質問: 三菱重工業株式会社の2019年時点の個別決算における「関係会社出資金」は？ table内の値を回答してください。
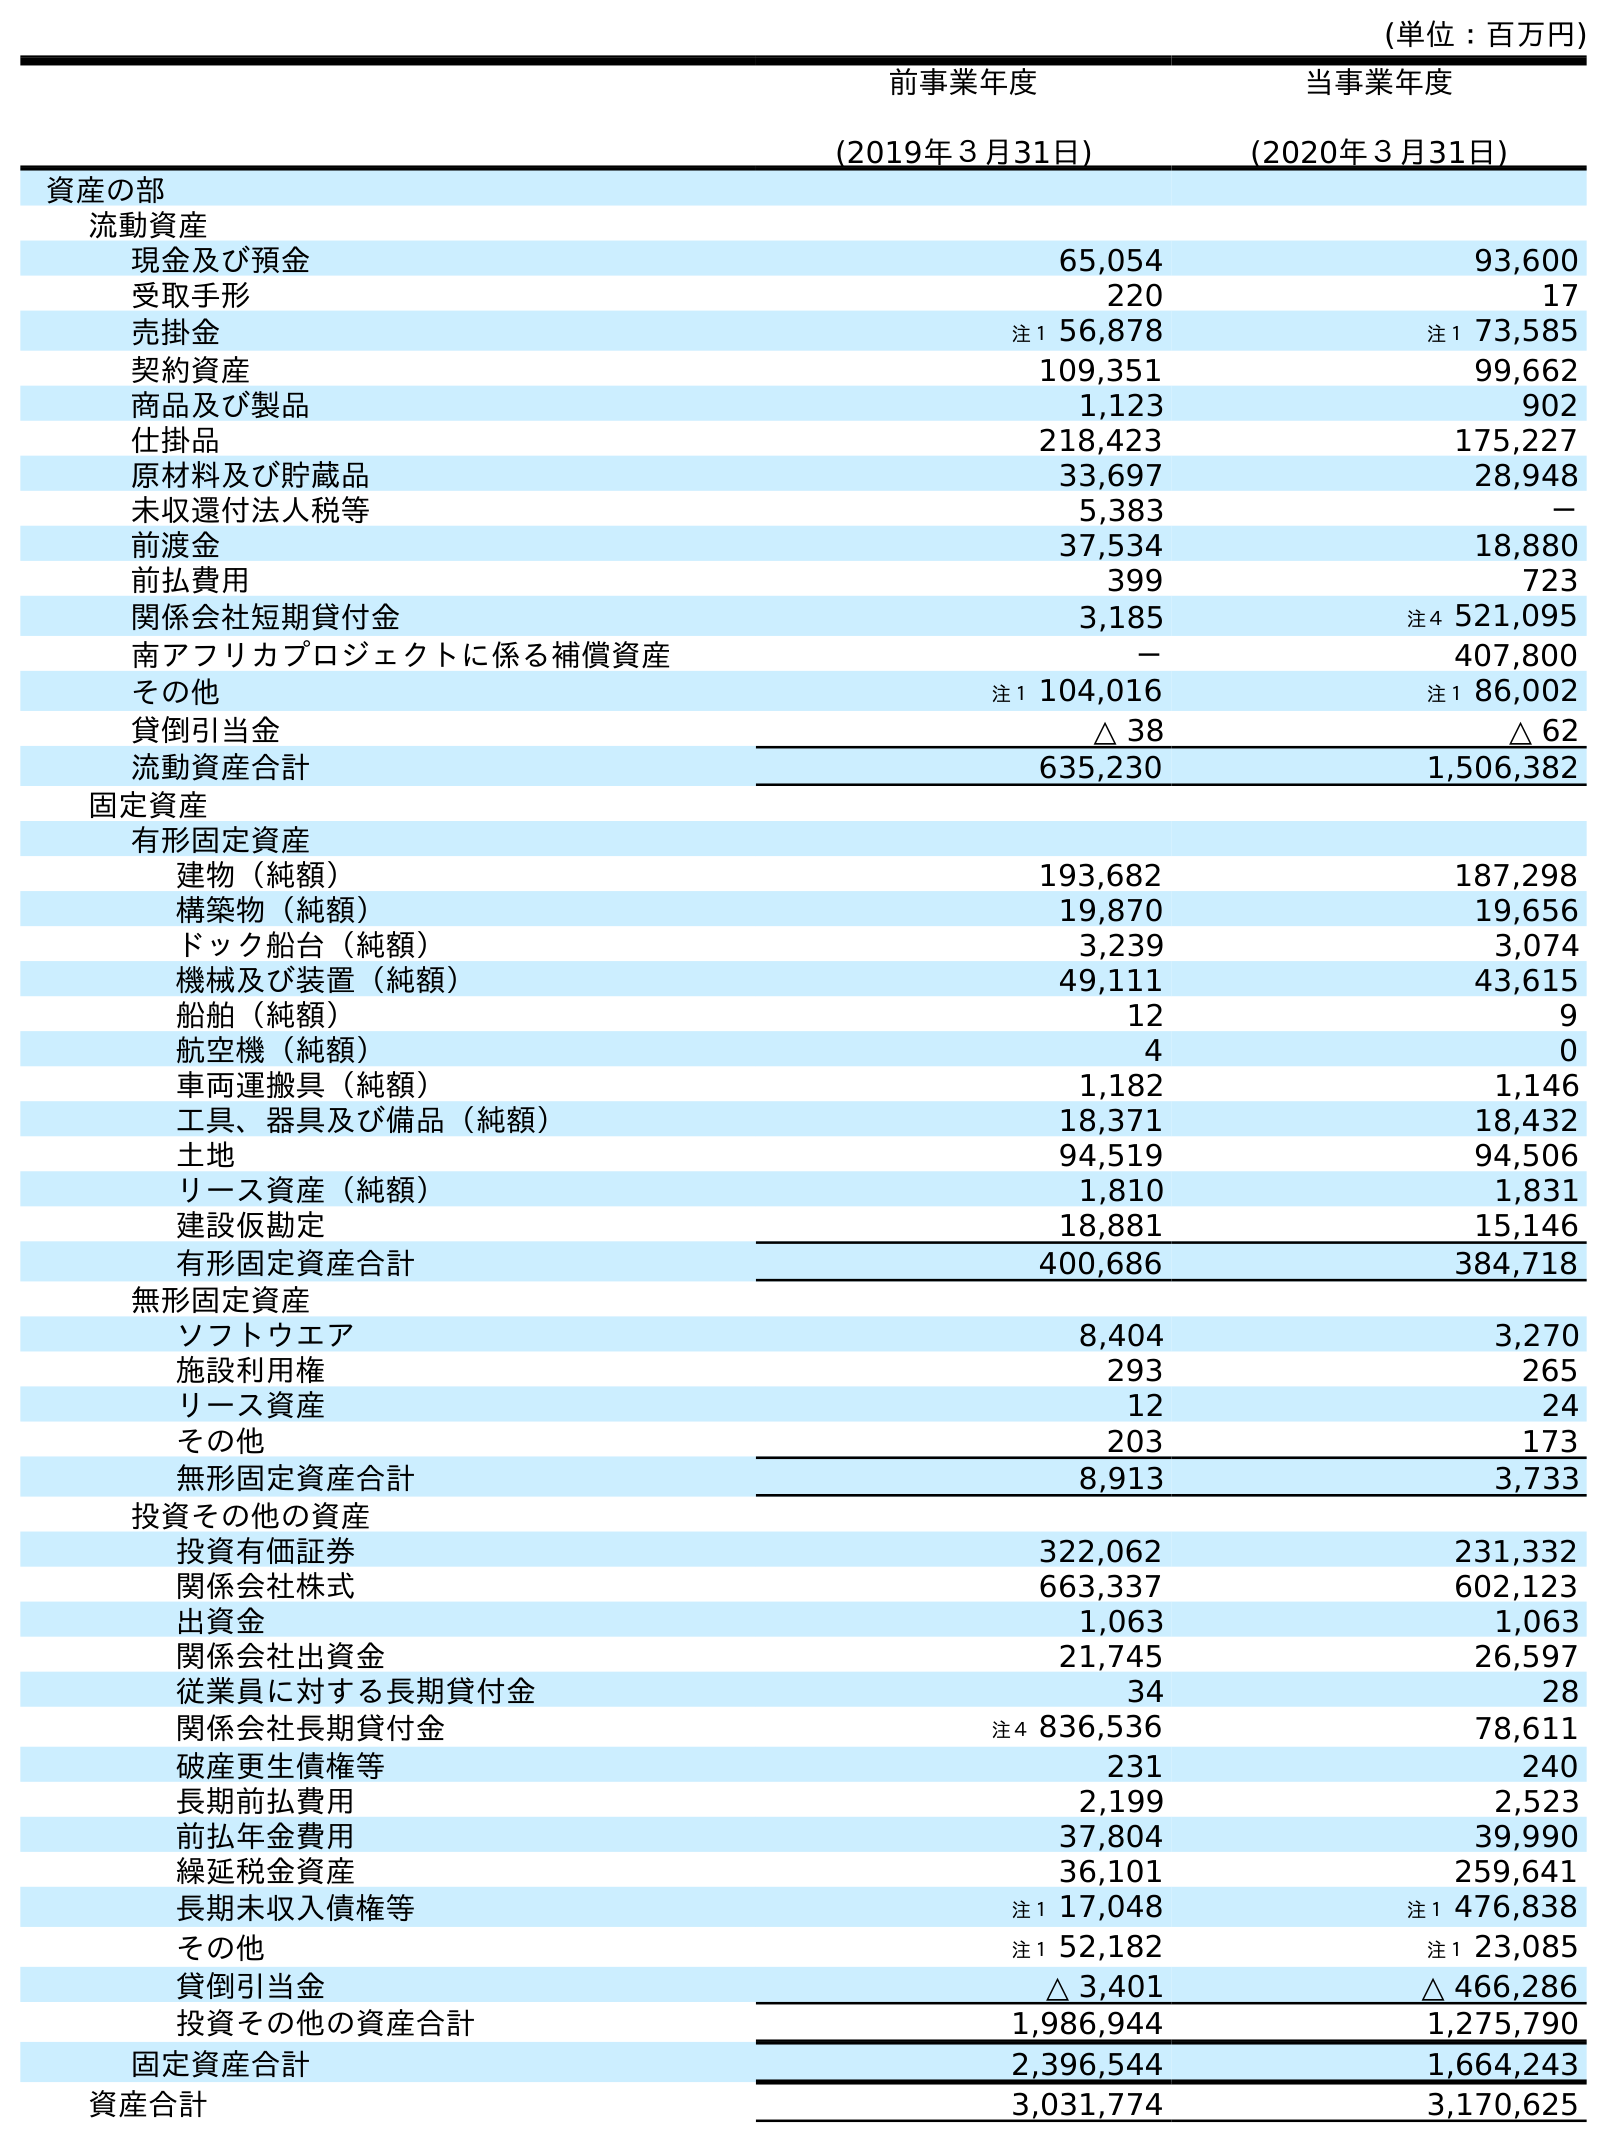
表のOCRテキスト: (単位：百万円) 前事業年度 (2019年３月31日) 当事業年度 (2020年３月31日) 資産の部 流動資産 現金及び預金 65,054 93,600 受取手形 220 17 売掛金 注１ 56,878 注１ 73,585 契約資産 109,351 99,662 商品及び製品 1,123 902 仕掛品 218,423 175,227 原材料及び貯蔵品 33,697 28,948 未収還付法人税等 5,383 － 前渡金 37,534 18,880 前払費用 399 723 関係会社短期貸付金 3,185 注４ 521,095 南アフリカプロジェクトに係る補償資産 － 407,800 その他 注１ 104,016 注１ 86,002 貸倒引当金 △ 38 △ 62 流動資産合計 635,230 1,506,382 固定資産 有形固定資産 建物（純額） 193,682 187,298 構築物（純額） 19,870 19,656 ドック船台（純額） 3,239 3,074 機械及び装置（純額） 49,111 43,615 船舶（純額） 12 9 航空機（純額） 4 0 車両運搬具（純額） 1,182 1,146 工具、器具及び備品（純額） 18,371 18,432 土地 94,519 94,506 リース資産（純額） 1,810 1,831 建設仮勘定 18,881 15,146 有形固定資産合計 400,686 384,718 無形固定資産 ソフトウエア 8,404 3,270 施設利用権 293 265 リース資産 12 24 その他 203 173 無形固定資産合計 8,913 3,733 投資その他の資産 投資有価証券 322,062 231,332 関係会社株式 663,337 602,123 出資金 1,063 1,063 関係会社出資金 21,745 26,597 従業員に対する長期貸付金 34 28 関係会社長期貸付金 注４ 836,536 78,611 破産更生債権等 231 240 長期前払費用 2,199 2,523 前払年金費用 37,804 39,990 繰延税金資産 36,101 259,641 長期未収入債権等 注１ 17,048 注１ 476,838 その他 注１ 52,182 注１ 23,085 貸倒引当金 △ 3,401 △ 466,286 投資その他の資産合計 1,986,944 1,275,790 固定資産合計 2,396,544 1,664,243 資産合計 3,031,774 3,170,625
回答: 21,745